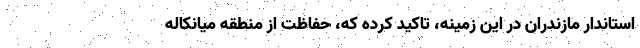
استاندار مازندران در این زمینه، تاکید کرده که، حفاظت از منطقه میانکاله